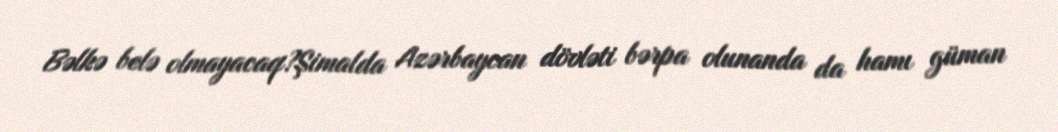
Bəlkə belə olmayacaq?Şimalda Azərbaycan dövləti bərpa olunanda da hamı güman